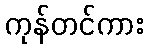
ကုန်တင်ကား